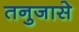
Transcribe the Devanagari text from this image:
तनुजासे